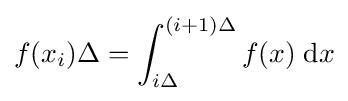
f(x_{i})\Delta =\int _{i\Delta }^{(i+1)\Delta }f(x)\;\mathrm {d} x